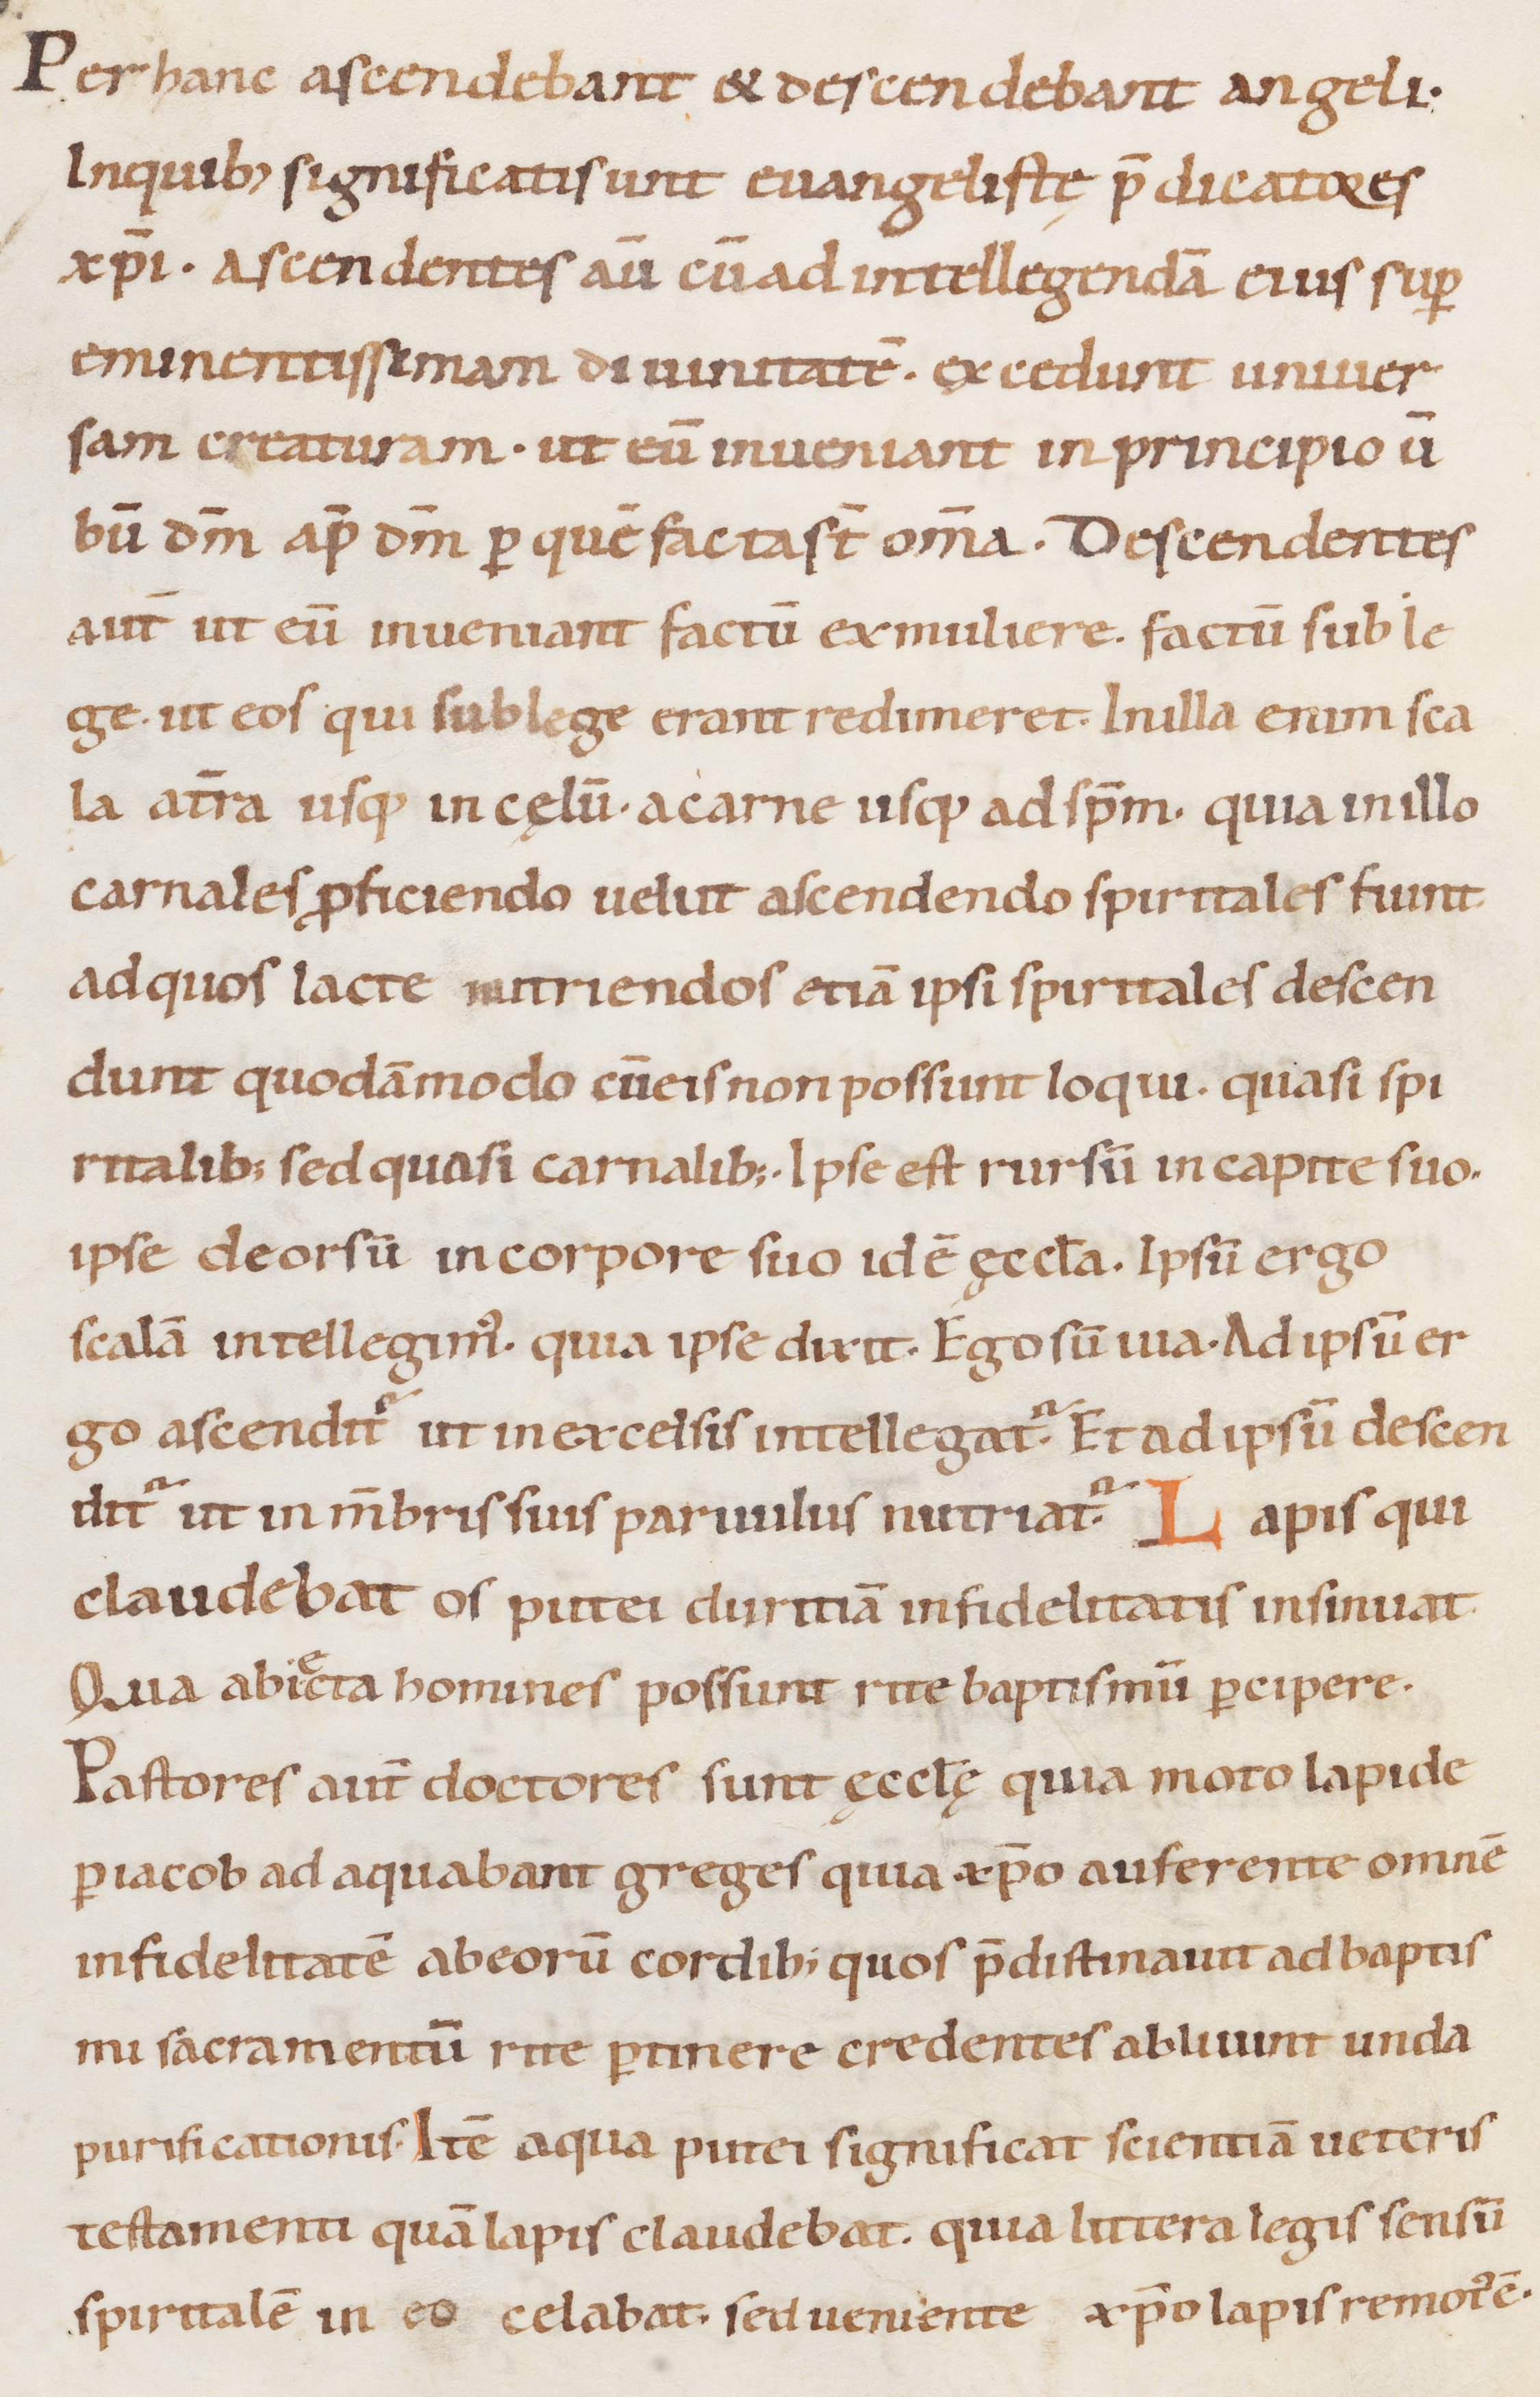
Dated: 1000–1099